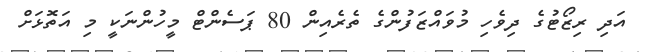
އަދި ރިޒޯޓުގެ ދިވެހި މުވައްޒަފުންގެ ތެރެއިން 80 ޕަސެންޓް މީހުންނަކީ މި އަތޮޅަށް